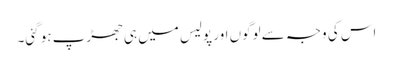
اس کی وجہ سے لوگوں اور پولیس میں ہی جھڑپ ہو گئی۔